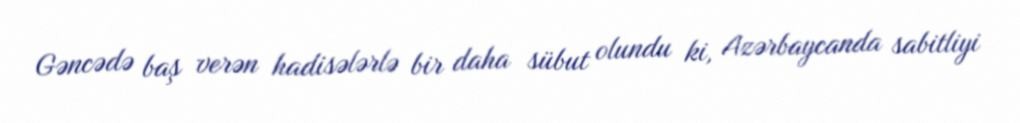
Gəncədə baş verən hadisələrlə bir daha sübut olundu ki, Azərbaycanda sabitliyi